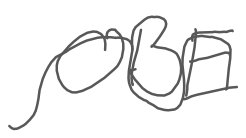
Text: OBE
Cross-out: wave
Writing tool: digital_gray